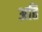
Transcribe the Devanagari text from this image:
अति